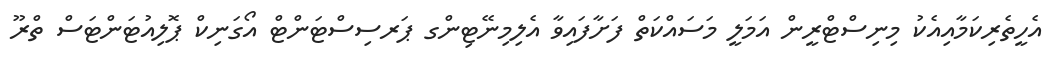
އެހީތެރިކަމާއިއެކު މިނިސްޓްރީން އަމަލީ މަސައްކަތް ފަށާފައިވާ އެލިމިނޭޓިންގ ޕަރސިސްޓަންޓް އޯގަނިކް ޕޮލިއުޓަންޓަސް ތްރޫ